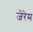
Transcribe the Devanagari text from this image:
जेरेम